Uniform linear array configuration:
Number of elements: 32
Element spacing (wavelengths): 1
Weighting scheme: exponential
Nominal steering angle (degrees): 30
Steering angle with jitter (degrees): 30.23
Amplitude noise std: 0.05
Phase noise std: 0.05

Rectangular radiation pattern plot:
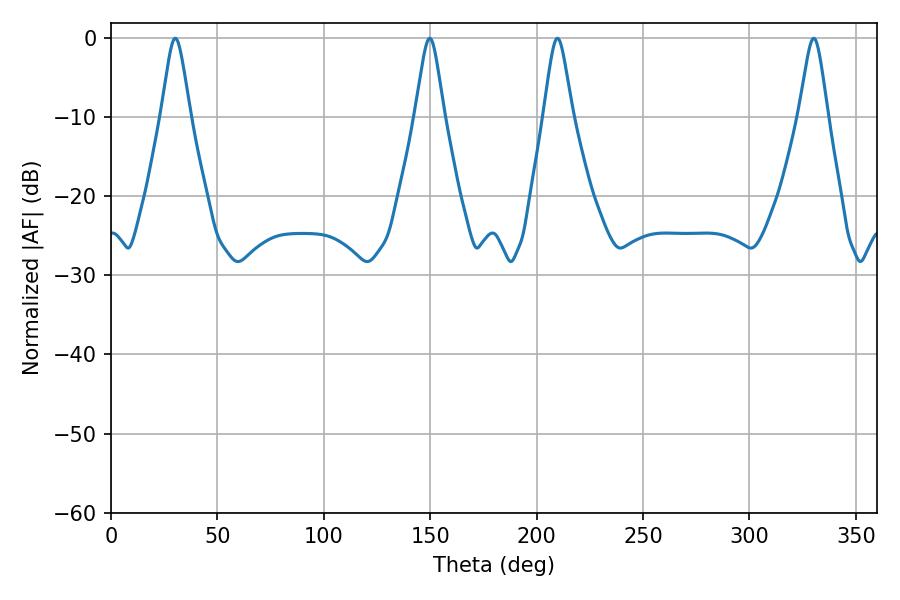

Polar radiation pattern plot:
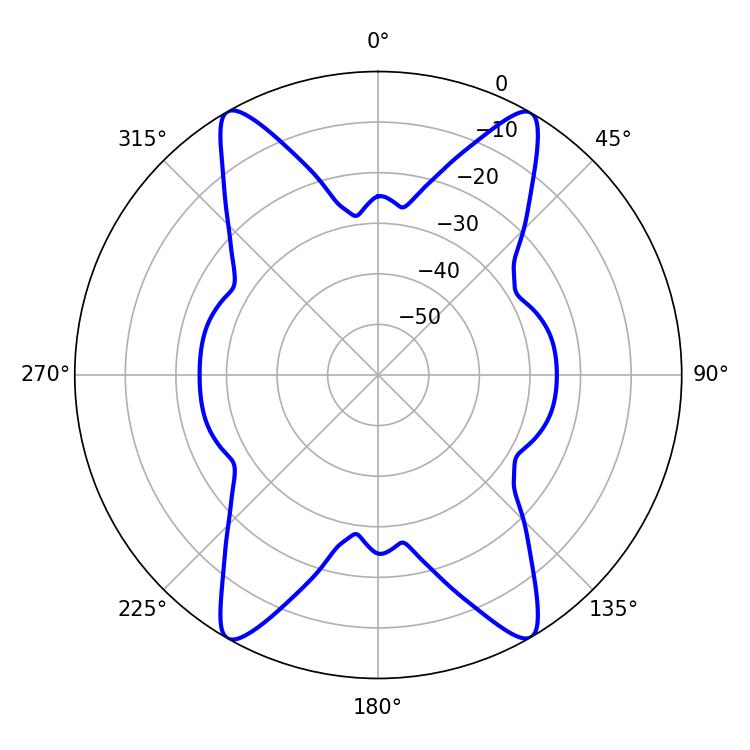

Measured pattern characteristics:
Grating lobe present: TRUE
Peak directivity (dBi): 42.412
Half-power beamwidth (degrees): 6.48
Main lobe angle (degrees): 30.24